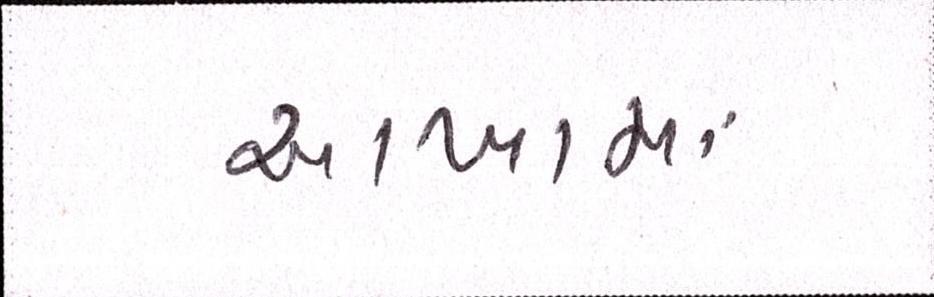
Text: આખામાં